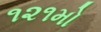
૧૨૧મો